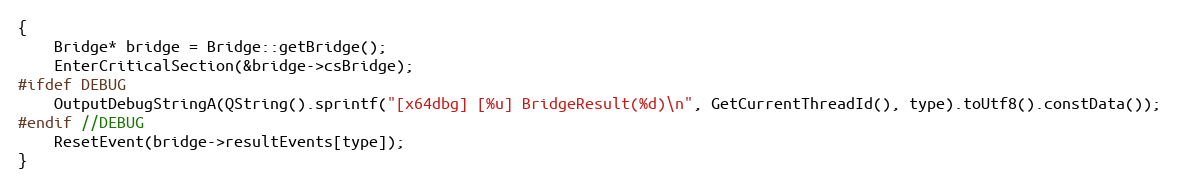
Language: C++
{
    Bridge* bridge = Bridge::getBridge();
    EnterCriticalSection(&bridge->csBridge);
#ifdef DEBUG
    OutputDebugStringA(QString().sprintf("[x64dbg] [%u] BridgeResult(%d)\n", GetCurrentThreadId(), type).toUtf8().constData());
#endif //DEBUG
    ResetEvent(bridge->resultEvents[type]);
}